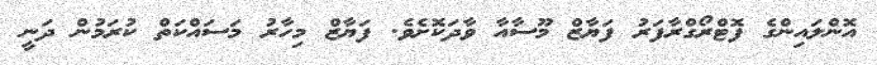
އޮންލައިންގެ ފޮޓްރޯގްރާފަރު ފަޔާޒް މޫސާއާ ވާދަކޮށެވެ. ފަޔާޒް މިހާރު މަސައްކަތް ކުރަމުން ދަނީ